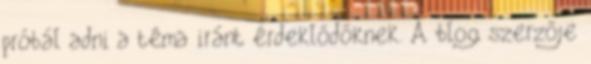
próbál adni a téma iránt érdeklődőknek. A blog szerzője